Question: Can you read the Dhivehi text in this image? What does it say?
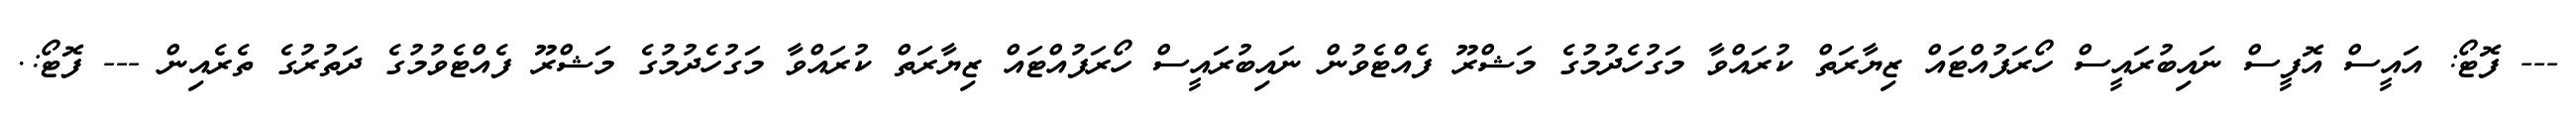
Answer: --- ފޮޓޯ: އައީސް އޮފީސް ނައިބުރައީސް ހޯރަފުއްޓައް ޒިޔާރަތް ކުރައްވާ މަގުހެދުމުގެ މަޝްރޫ ފެއްޓެވުން ނައިބުރައީސް ހޯރަފުއްޓައް ޒިޔާރަތް ކުރައްވާ މަގުހެދުމުގެ މަޝްރޫ ފެއްޓެވުމުގެ ދަތުރުގެ ތެރެއިން --- ފޮޓޯ:.